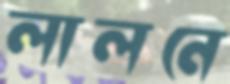
লালনে